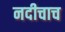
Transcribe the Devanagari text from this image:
नदीचाच